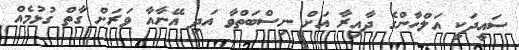
ސައީދަކީ އަލްހާންގެ ދާއިރާ އަށް ނިސްބަތްވާ އަދި އޭނާއާ ވަރަށް ގާތް ގުޅުމެއް